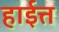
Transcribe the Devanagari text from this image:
हाईत्त